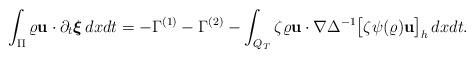
LaTeX: \begin{align*} \int_{\Pi}\varrho \mathbf{u}\cdot\partial_t\boldsymbol{\xi}\, dxdt=-{\Gamma^{(1)}}-\Gamma^{(2)}-\int_{Q_T}\zeta\varrho\mathbf u\cdot\nabla \Delta^{-1}\big[\zeta\psi(\varrho)\mathbf u\big]_h\, dxdt.\end{align*}